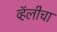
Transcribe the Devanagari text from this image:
व्हॅलीचा